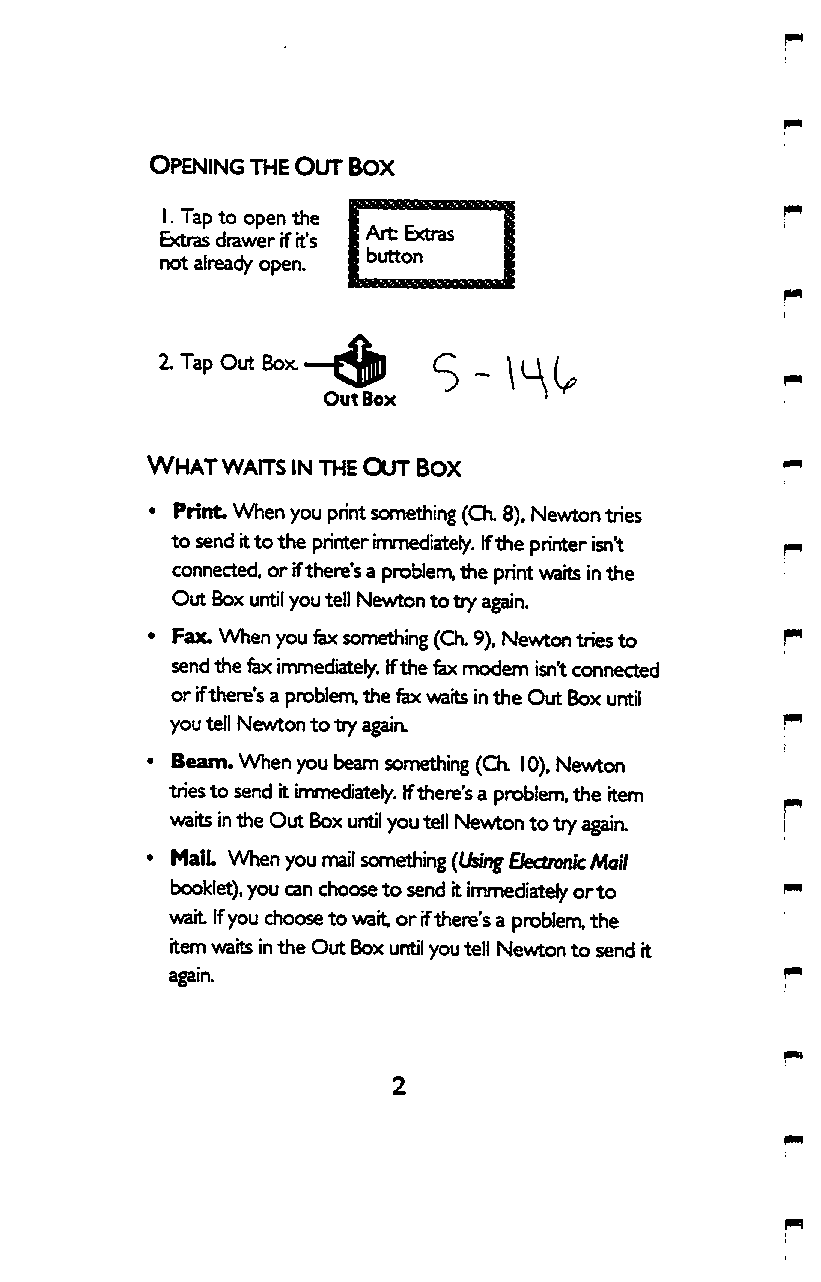
Opening the Out Box
 I. Tap to open the
 Extras drawer if it's Art bctras
 not alread/ open. button
 ZTapOutBox—^
 Out Box
 What waits in the Out Box
 • Print. When you print sonr^ething (Ch. 8). Newton tries
 to send it to the printer inrvnediately. If the printer isn't
 connected, or if there's a problenr\ the print wa'rts in the
 Out Box until you tell Newton to try again.
 • Fax. When you fex something (Ch. 9), Newton tries to
 send the fex innnnediately. If the fex modem isn't connected
 or if there's a problem, the fex waits in the Out Box until
 you tell Newton to try again.
 • Beam. When you beam sonr^ething (Ch. 10), Newton
 tries to send it inrvnediately. If there's a problem, the item
 waits in the Out Box until you tell Newton to try agaia
 • MaiL When you mail something (Us/nf£fectron/c Mo//
 booklet), you can choose to send it inrvnediately or to
 wait If you choose to wait or if there's a problem, the
 item waits in the Out Box until you tell Newton to send it